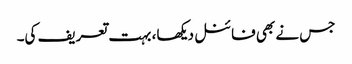
جس نے بھی فائنل دیکھا، بہت تعریف کی۔